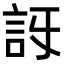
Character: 𧥯